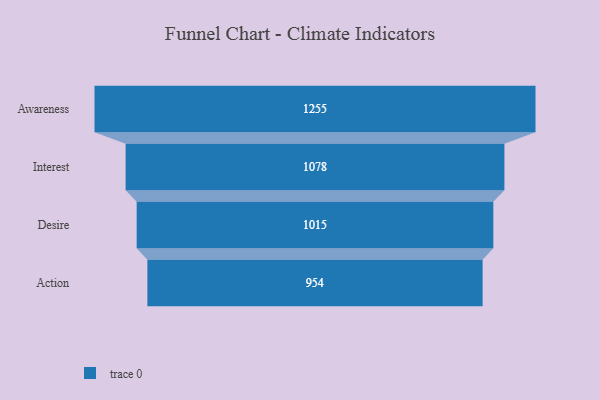
{"axis": {"x": "Stage", "y": "Value"}, "legend": [""], "data": [{"x": "Awareness", "y": 1255.0, "type": ""}, {"x": "Interest", "y": 1078.0, "type": ""}, {"x": "Desire", "y": 1015.0, "type": ""}, {"x": "Action", "y": 954.0, "type": ""}]}